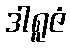
ဒါရူဇံ